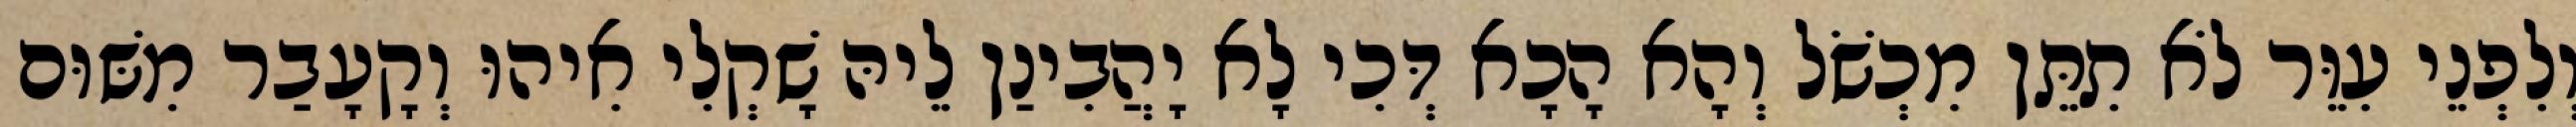
וְלִפְנֵי עִוֵּר לֹא תִתֵּן מִכְשֹׁל וְהָא הָכָא דְּכִי לָא יָהֲבִינַן לֵיהּ שָׁקְלִי אִיהוּ וְקָעָבַר מִשּׁוּם